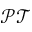
\mathcal { P T }